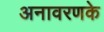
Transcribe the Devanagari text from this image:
अनावरणके